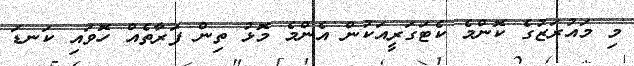
މި މައުރަޒުގެ ކޮންމެ ކެޓަގަރީއަކުން އެންމެ މޮޅު ތިން ފަރާތެއް ހޮވައި ކަނޑަ